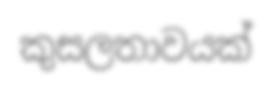
කුසලතාවයක්